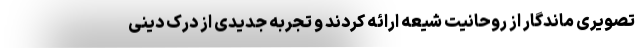
تصویری ماندگار از روحانیت شیعه ارائه کردند و تجربه جدیدی از درک دینی